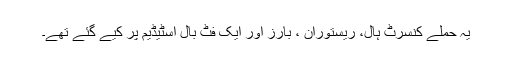
یہ حملے کنسرٹ ہال، ریستوران ، بارز اور ایک فٹ بال اسٹیڈیم پر کیے گئے تھے۔